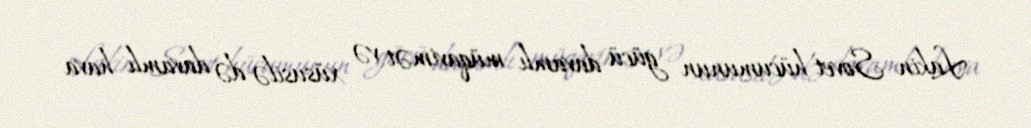
Lakin Sovet hücumunun gücü davamlı müqavimət və xüsusilə də davamlı hava